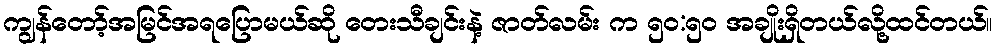
ကျွန်တော့်အမြင်အရပြောမယ်ဆို တေးသီချင်းနဲ့ ဇာတ်လမ်း က ၅၀:၅၀ အချိုးရှိတယ်လို့ထင်တယ်။